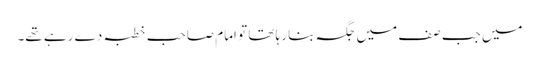
میں جب صف میں جگہ بنا رہا تھا تو امام صاحب خطبہ دے رہے تھے۔